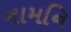
નામનિ